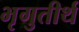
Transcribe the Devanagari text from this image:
भृगुतीर्थ